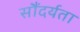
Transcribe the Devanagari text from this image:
सौंदर्यता